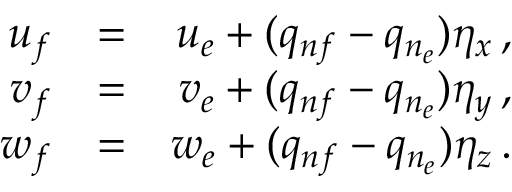
\begin{array} { r l r } { u _ { f } } & { = } & { u _ { e } + ( q _ { n f } - q _ { n _ { e } } ) \eta _ { x } \, \mathrm { , } } \\ { v _ { f } } & { = } & { v _ { e } + ( q _ { n f } - q _ { n _ { e } } ) \eta _ { y } \, \mathrm { , } } \\ { w _ { f } } & { = } & { w _ { e } + ( q _ { n f } - q _ { n _ { e } } ) \eta _ { z } \, \mathrm { . } } \end{array}